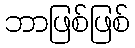
ဘာဖြစ်ဖြစ်